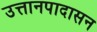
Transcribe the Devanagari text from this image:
उत्तानपादासन